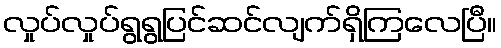
လှုပ်လှုပ်ရွရွပြင်ဆင်လျက်ရှိကြလေပြီ။